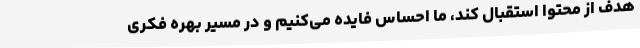
هدف از محتوا استقبال کند، ما احساس فایده می‌کنیم و در مسیر بهره فکری